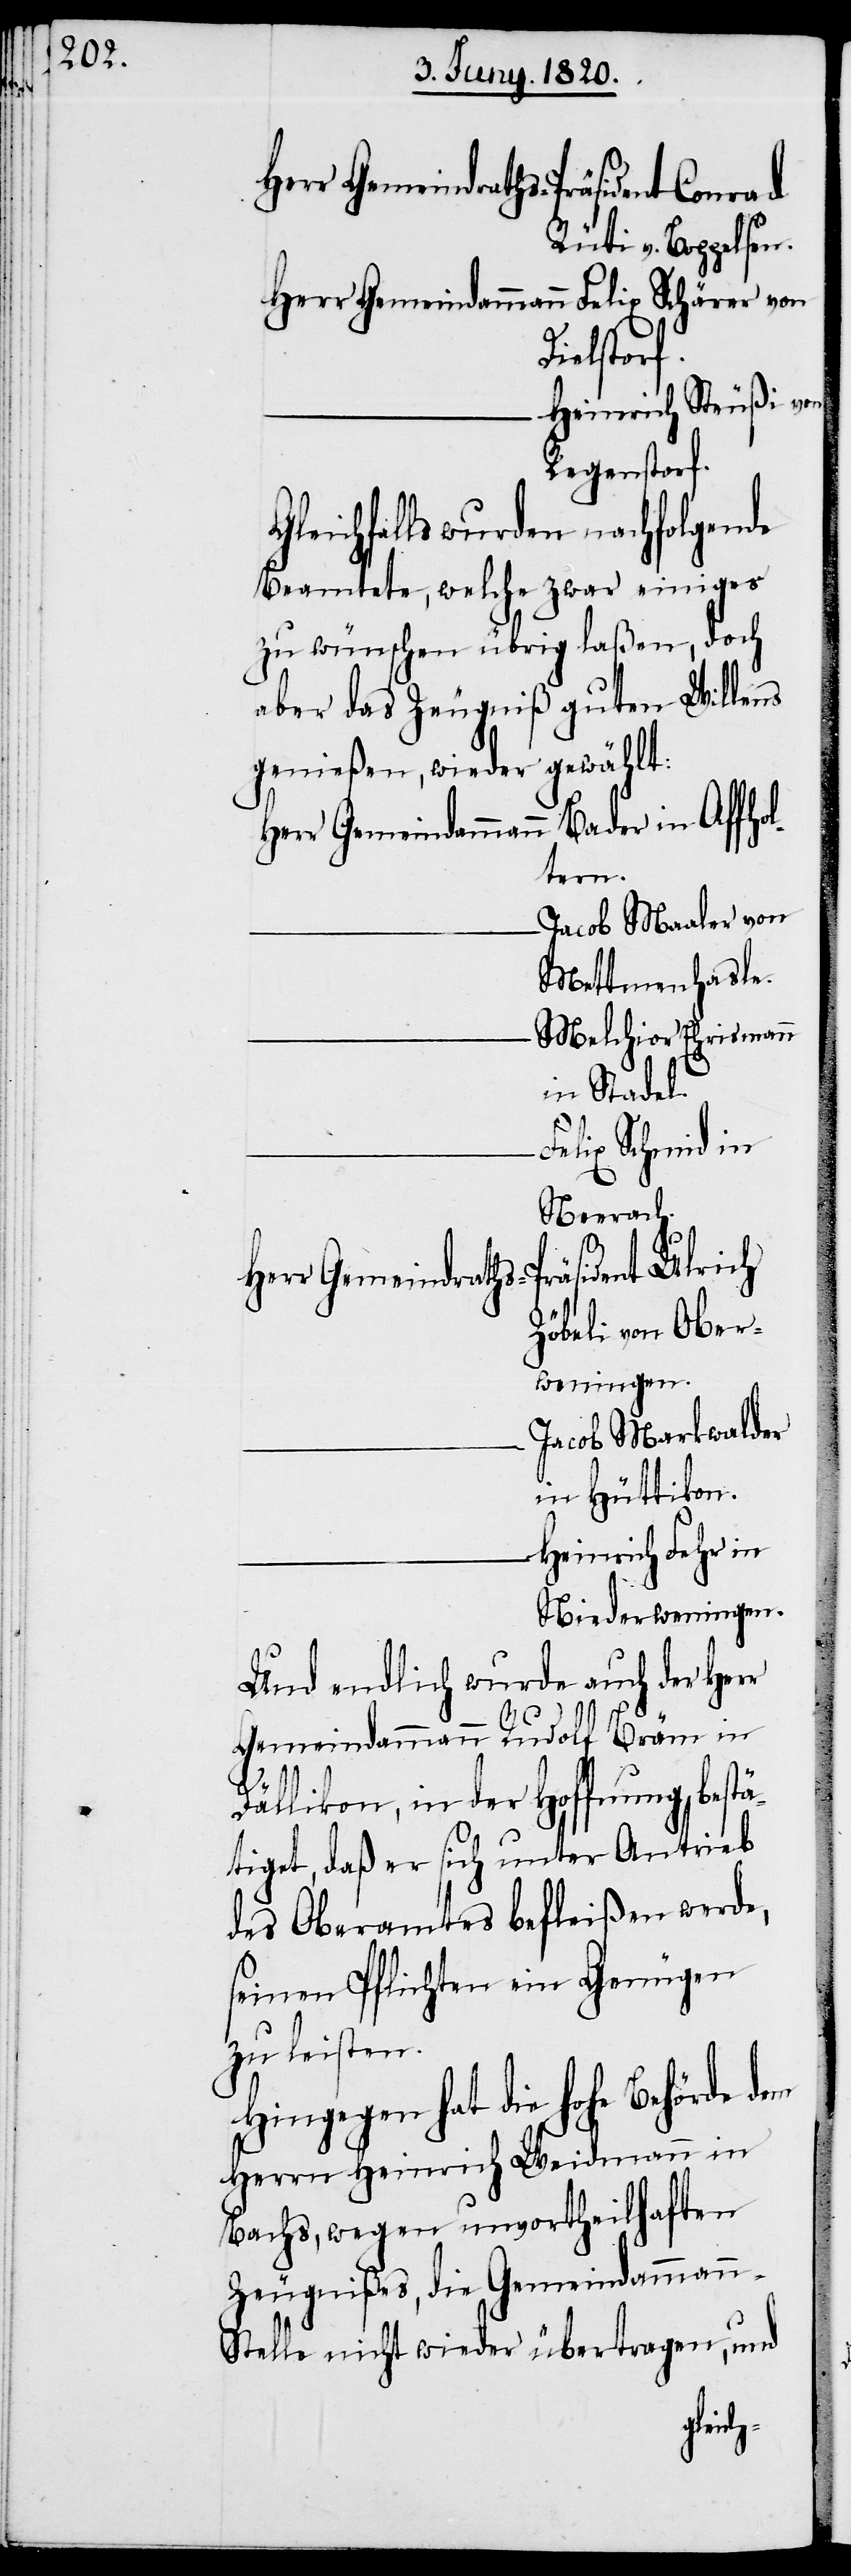
Herr Gemeindraths-Präsident Conrad
Rüti v. Boppelsen.
Herr Gemeindammann 	Felix Schärer von
Dielstorf.
Heinrich Steußi von
Regenstorf.
Gleichfalls wurden nachfolgende
Beamtete, welche zwar einiges
zu wünschen übrig laßen, doch
aber des Zeugniß guten Willens
genießen, wieder gewählt:
Herr Gemeindammann 	Bader in Affho¬
ltern.
Jacob Maaler von
Mettmenhasle.
Melchior Ehrismann
in Stadel.
Felix Schmid in
Neerach.
Herr Gemeindraths-Präsident Ulrich
Zöberli von Ober¬
weningen.
Jacob Markwalder
in Hüttikon.
Heinrich Fehr in
Niederweningen.
Und endlich wurde auch der Herr
Gemeindammann Rudolf Bräm in
n-S¬
Dällikon, in der Hoffnung bestä¬
tiget, daß er sich unter Antrieb
des Oberamtes befleißen werde,
seinen Pflichten ein Genügen
zu leisten.
Hingegen hat die hohe Behörde dem
Herrn Heinrich Weidmann in
Bachs, wegen unvortheilhaften
Zeugnißes, die Gemeindamman¬
telle nicht wieder übertragen, und